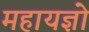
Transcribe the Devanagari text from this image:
महायज्ञो